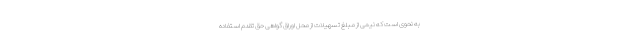
به نحوی است که نیمی از مبلغ تسهیلات از محل اوراق گواهی حق تقدم استفاده